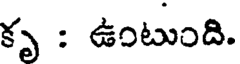
కృ : ఉంటుంది.